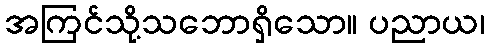
အကြင်သို့သဘောရှိသော။ ပညာယ၊